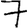
Digit: 7